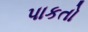
પાકતો